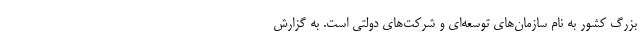
بزرگ کشور به نام سازمان‌های توسعه‌ای و شرکت‌های دولتی است. به گزارش